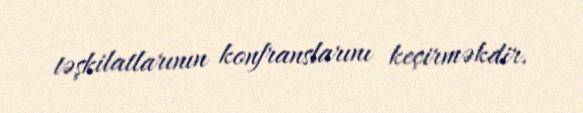
təşkilatlarının konfranslarını keçirməkdir.